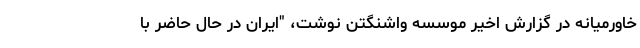
خاورمیانه در گزارش اخیر موسسه واشنگتن نوشت، "ایران در حال حاضر با